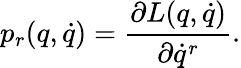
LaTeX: p_{r}(q,\dot{q})=\frac{\partial L(q,\dot{q})}{\partial\dot{q}^{r}}.